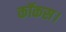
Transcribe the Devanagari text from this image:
कॉकस।